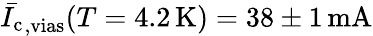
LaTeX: \bar{I_{\mathrm{c}}}_{\mathrm{,vias}}(T=4.2\, \mathrm{K})=38\pm 1\, \mathrm{mA}